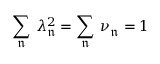
\sum _ { \mathfrak { n } } \, \lambda _ { \mathfrak { n } } ^ { 2 } = \sum _ { \mathfrak { n } } \, \nu _ { \mathfrak { n } } = 1